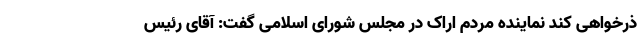
ذرخواهی کند نماینده مردم اراک در مجلس شورای اسلامی گفت: آقای رئیس